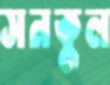
সনকুল